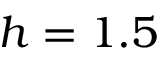
h = 1 . 5